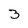
Character: 3